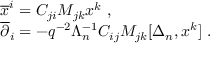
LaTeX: \begin{array} { l } { { { \overline { { x } } ^ { i } } = C _ { j i } M _ { j k } x ^ { k } ~ , } } \\ { { { \overline { { \partial } } _ { i } } = - q ^ { - 2 } \Lambda _ { n } ^ { - 1 } C _ { i j } M _ { j k } [ \Delta _ { n } , x ^ { k } ] ~ . } } \end{array}